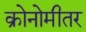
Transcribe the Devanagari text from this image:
क्रोनोमीतर